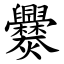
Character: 爨